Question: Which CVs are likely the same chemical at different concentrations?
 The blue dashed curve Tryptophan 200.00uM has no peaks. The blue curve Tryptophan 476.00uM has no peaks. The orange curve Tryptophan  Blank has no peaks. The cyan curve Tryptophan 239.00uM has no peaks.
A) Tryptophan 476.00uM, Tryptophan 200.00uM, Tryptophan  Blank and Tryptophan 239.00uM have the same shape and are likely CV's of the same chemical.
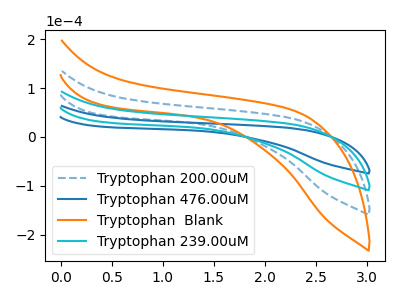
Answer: <think>Neither "Tryptophan 200.00uM" or "Tryptophan 476.00uM" have any peaks. Neither "Tryptophan 200.00uM" or "Tryptophan  Blank" have any peaks. Neither "Tryptophan 200.00uM" or "Tryptophan 239.00uM" have any peaks. Neither "Tryptophan 476.00uM" or "Tryptophan  Blank" have any peaks. Neither "Tryptophan 476.00uM" or "Tryptophan 239.00uM" have any peaks. Neither "Tryptophan  Blank" or "Tryptophan 239.00uM" have any peaks.
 </think>
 <answer>A) "Tryptophan 476.00uM", "Tryptophan 200.00uM", "Tryptophan  Blank" and "Tryptophan 239.00uM" have the same shape and are likely CV's of the same chemical.</answer>
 <eval>A</eval>